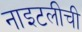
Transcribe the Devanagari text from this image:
नाइटलीची